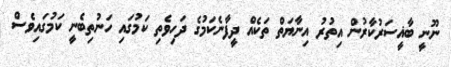
ނޫނީ ބާޣީސަރުކާރުން އިތުރު އިނާޔަތް ތަކެއް ދީފާނެކަމުގެ ދަހިވެތި ކަމުގައި ހަނުތިބެނީ ކަމުގައިވެސް